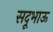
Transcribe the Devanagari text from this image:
सदूभाऊ